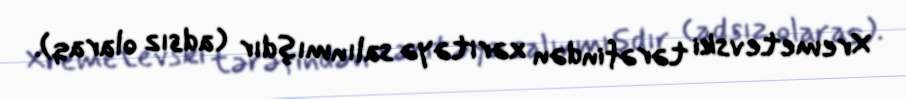
Xremetevski tərəfindən xəritəyə salınmışdır (adsız olaraq).